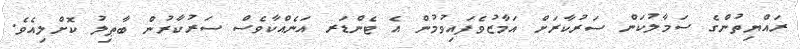
ރައްޔިތުންގެ ސަމާލުކަން ސަރުކާރަށް އަމާޒުވެފައިވުމުން އެ ޓެންޑަރ އަނެއްކާވެސް ސަރުކާރުން ބާޠިލު ކޮށްލިއެވެ.